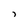
Character: i